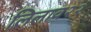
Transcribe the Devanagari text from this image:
लिलाव२२